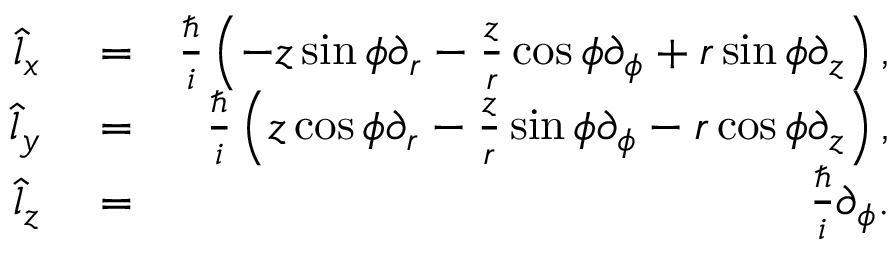
\begin{array} { r l r } { \hat { l } _ { x } } & { { } = } & { \frac { \hbar } { i } \left( - z \sin \phi \partial _ { r } - \frac { z } { r } \cos \phi \partial _ { \phi } + r \sin \phi \partial _ { z } \right) , } \\ { \hat { l } _ { y } } & { { } = } & { \frac { \hbar } { i } \left( z \cos \phi \partial _ { r } - \frac { z } { r } \sin \phi \partial _ { \phi } - r \cos \phi \partial _ { z } \right) , } \\ { \hat { l } _ { z } } & { { } = } & { \frac { \hbar } { i } \partial _ { \phi } . } \end{array}